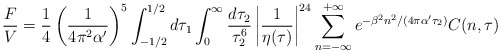
\begin{align*}\frac{F}{V}=\frac{1}{4}\left(\frac{1}{4\pi^2\alpha'}\right)^5\int^{1/2}_{-1/2} d\tau_1\int_0^\infty\frac{d\tau_2}{\tau^6_2}\left|\frac{1}{\eta(\tau)}\right|^{24}\sum_{n=-\infty}^{+\infty}e^{-\beta^2 n^2/(4\pi\alpha'\tau_2)} C(n,\tau)\end{align*}